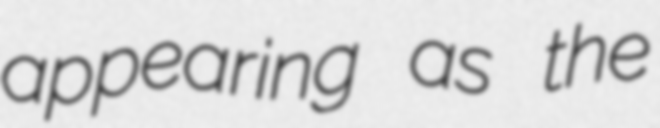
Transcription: appearing as the